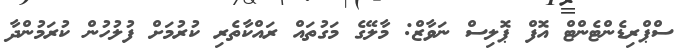
ސްޕްރިޑެންޓެންޓް އޮފް ޕޮލިސް ނަވާޒް: މާލޭގެ މަގުތައް ރައްކާތެރި ކުރުމަށް ފުލުހުން ކުރަމުންދާ